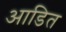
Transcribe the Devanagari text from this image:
आडित